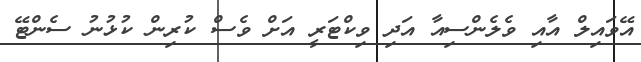
އޭވައިލް އާއި ވެލެންސިއާ އަދި ވިކްޓަރީ އަށް ވެސް ކުރިން ކުޅުނު ސެންޓޭ